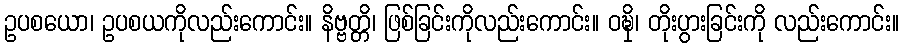
ဥပစယော၊ ဥပစယကိုလည်းကောင်း။ နိဗ္ဗတ္တိ၊ ဖြစ်ခြင်းကိုလည်းကောင်း။ ဝဍ္ဎှိ၊ တိုးပွားခြင်းကို လည်းကောင်း။